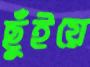
ছুঁইয়ে